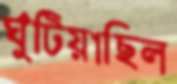
ঘুঁটিয়াছিল